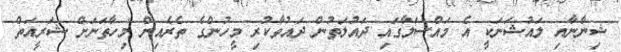
ޝިނާނާއި ލައުޝަނަކީ އެ މައްސަލާގައި ދައުލަތުން ދައުވާކުރި މީހުންގެ ތެރެއިން މިހާތަނަށް ޝަރީއަތް